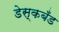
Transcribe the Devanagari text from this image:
डेस्कबँड